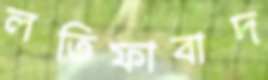
লতিফাবাদ